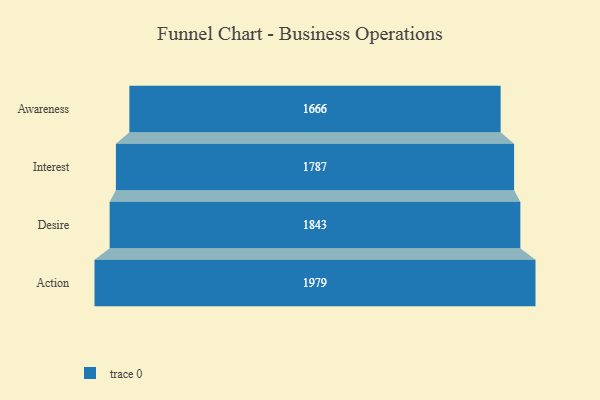
{"axis": {"x": "Stage", "y": "Value"}, "legend": [""], "data": [{"x": "Awareness", "y": 1666.0, "type": ""}, {"x": "Interest", "y": 1787.0, "type": ""}, {"x": "Desire", "y": 1843.0, "type": ""}, {"x": "Action", "y": 1979.0, "type": ""}]}